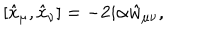
LaTeX: [ \hat { x } _ { \mu } , \hat { x } _ { \nu } ] = - 2 i \alpha \hat { w } _ { \mu \nu } ,